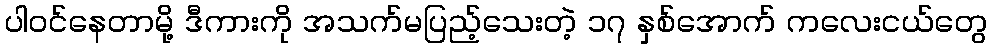
ပါဝင်နေတာမို့ ဒီကားကို အသက်မပြည့်သေးတဲ့ ၁၇ နှစ်အောက် ကလေးငယ်တွေ